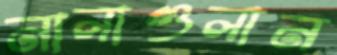
নালাগুলান